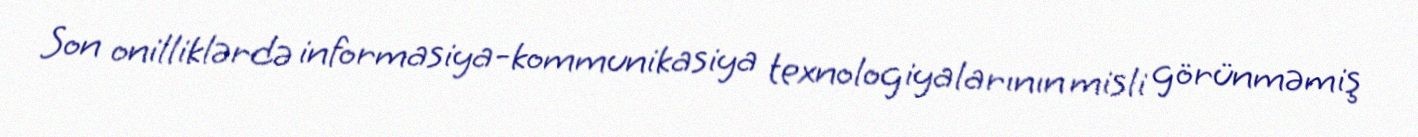
Son onilliklərdə informasiya-kommunikasiya texnologiyalarının misli görünməmiş